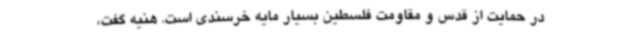
در حمایت از قدس و مقاومت فلسطین بسیار مایه خرسندی است‌. هنیه گفت،